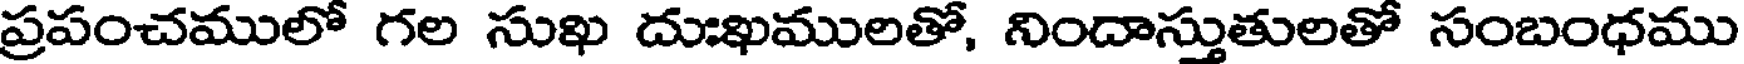
ప్రపంచములో గల సుఖ దుఃఖములతో, నిందాస్తుతులతో సంబంధము